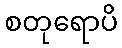
စတုရောပိ